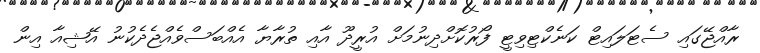
ރާއްޖޭގައި ސެޓަލައިޓް ކަނެކްޓިވިޓީ ފޯރުކޮށްދިނުމަށް އުރީދޫ އާއި ތުރާޔާ އެއްބަސްވެއްޖެދެކުނު އޭޝިއާ އިން